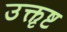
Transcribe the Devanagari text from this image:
उक्तृष्ट